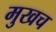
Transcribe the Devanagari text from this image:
मुखच